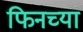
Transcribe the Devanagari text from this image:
फिनच्या